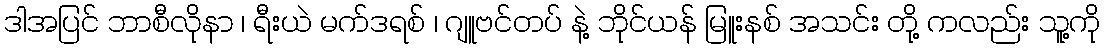
ဒါအပြင် ဘာစီလိုနာ ၊ ရီးယဲ မက်ဒရစ် ၊ ဂျူဗင်တပ် နဲ့ ဘိုင်ယန် မြူးနစ် အသင်း တို့ ကလည်း သူ့ကို